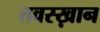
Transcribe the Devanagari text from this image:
तवस्ख़ान